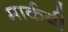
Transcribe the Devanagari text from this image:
मार्कबी